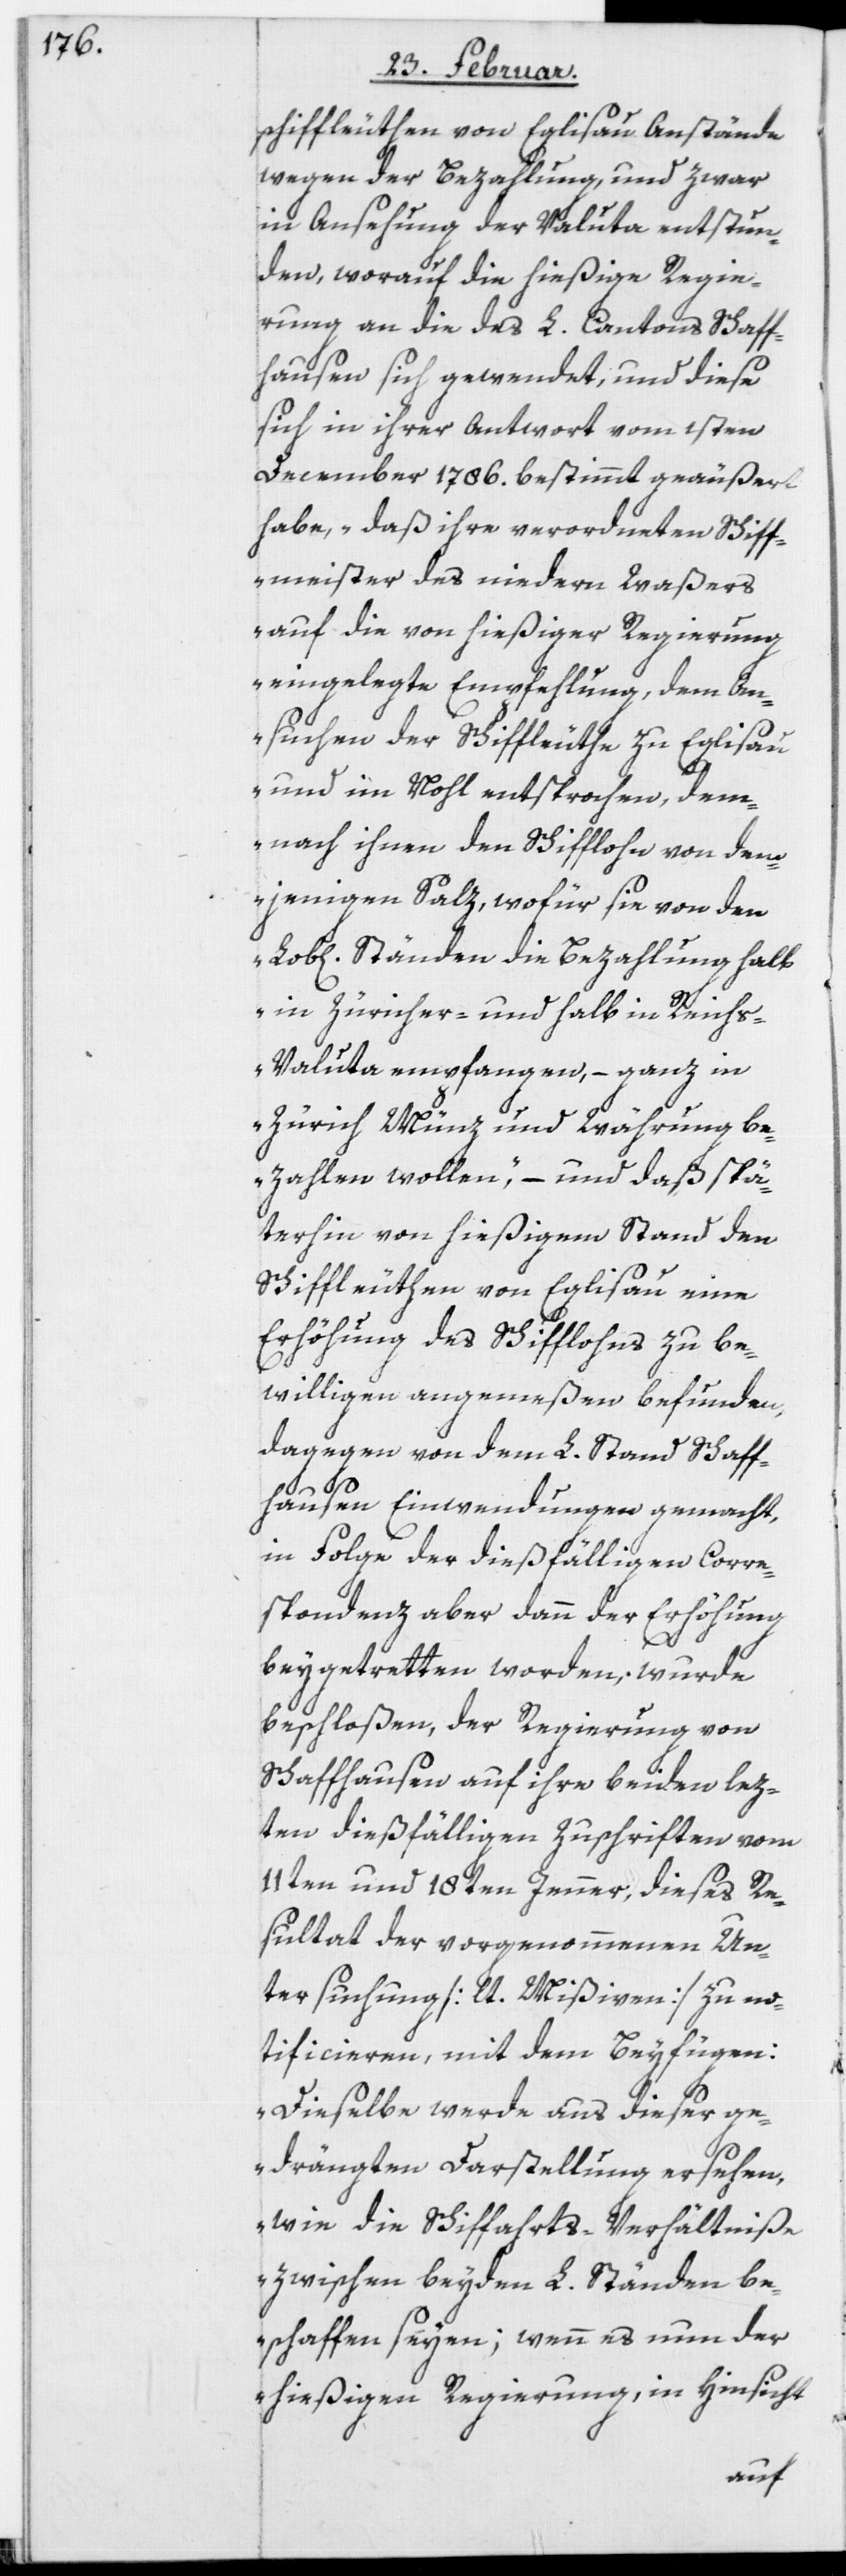
schiffleuthen von Eglisau Anstände
wegen der Bezahlung, und zwar
in Ansehung der Valuta entstun¬
den, worauf die hießige Regie¬
rung an die des L. Cantons Schaff¬
hausen sich gewendet, und diese
sich in ihrer Antwort vom 1sten
December 1786. bestimmt geäußert
habe, „daß ihre verordneten Schiff¬
meister des niedern Waßers
auf die von hießiger Regierung
eingelegte Empfehlung, dem An¬
suchen der Schiffleuthe zu Eglisau
und im Nohl entsprochen, dem¬
nach ihnen den Schifflohn von dem¬
jenigen Salz, wofür sie von den
Ständen die Bezahlung halb
in Züricher- und halb in Reich¬
s-Valuta empfangen, – ganz in
Zürich Münz und Währung be¬
zahlen wollen,“ – und daß spä¬
terhin von hießigem Stand den
Schiffleuthen von Eglisau eine
Erhöhung des Schifflohns zu be¬
willigen angemeßen befunden,
dagegen von dem L. Stand Schaff¬
hausen Einwendungen gemacht,
in Folge der dießfälligen Corre¬
spondenz aber dann der Erhöhung
beygetretten worden, wurde
beschloßen, der Regierung von
Schaffhausen auf ihre beiden lez¬
ten dießfälligen Zuschriften vom
11ten und 18ten Jenner, dieses Re¬
sultat der vorgenommenen Un¬
tersuchung [lt. Mißiven] zu no¬
tificieren, mit dem Beyfügen:
„Dieselbe werde aus dieser ge¬
drängten Darstellung ersehen,
wie die Schiffahrts-Verhältniße
zwischen beyden L. Ständen be¬
schaffen seyen; wenn es nun der
hießigen Regierung, in Hinsicht